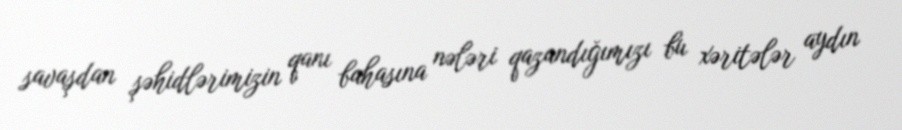
savaşdan şəhidlərimizin qanı bahasına nələri qazandığımızı bu xəritələr aydın